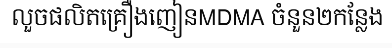
លួចផលិតគ្រឿងញៀនMDMA ចំនួន២កន្លែង